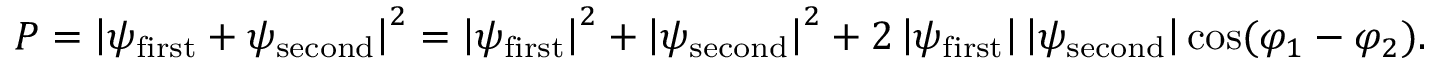
P = \left| \psi _ { \mathrm { f i r s t } } + \psi _ { \mathrm { s e c o n d } } \right| ^ { 2 } = \left| \psi _ { \mathrm { f i r s t } } \right| ^ { 2 } + \left| \psi _ { \mathrm { s e c o n d } } \right| ^ { 2 } + 2 \left| \psi _ { \mathrm { f i r s t } } \right| \left| \psi _ { \mathrm { s e c o n d } } \right| \cos ( \varphi _ { 1 } - \varphi _ { 2 } ) .